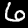
Digit: 6